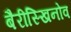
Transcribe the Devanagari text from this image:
बैरीस्खिनोव